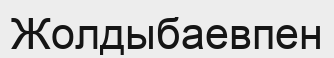
Жолдыбаевпен